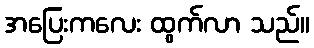
အပြေးကလေး ထွက်လာ သည်။